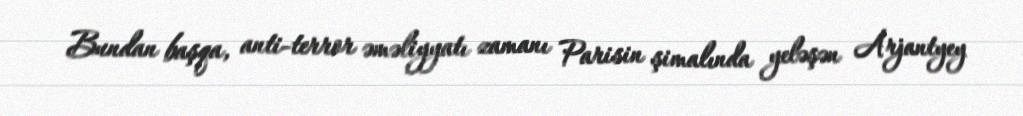
Bundan başqa, anti-terror əməliyyatı zamanı Parisin şimalında yeləşən Arjantyey